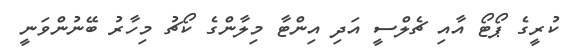
ކުރީގެ ޕޯޓޯ އާއި ޗެލްސީ އަދި އިންޓާ މިލާންގެ ކޯޗު މިހާރު ބޭނުންވަނީ